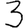
Digit: 3